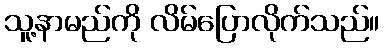
သူ့နာမည်ကို လိမ်ပြောလိုက်သည်။